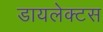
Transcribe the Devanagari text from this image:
डायलेक्टस